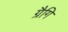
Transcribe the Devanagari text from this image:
ग्रैगि